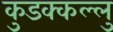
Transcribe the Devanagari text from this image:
कुडक्कल्लु